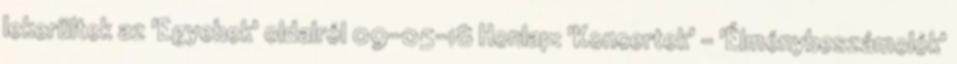
lekerültek az 'Egyebek' oldalról 09-05-18 Honlap: 'Koncertek' - 'Élménybeszámolók'